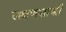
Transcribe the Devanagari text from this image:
लक्षणशास्त्रों